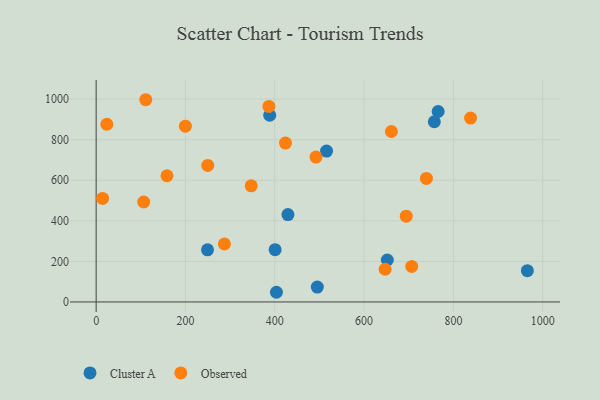
{"axis": {"x": "Ad Spend", "y": "Fuel Efficiency"}, "legend": ["Cluster A", "Observed"], "data": [{"x": "495.3", "y": 73.3, "type": "Cluster A"}, {"x": "652.0", "y": 206.7, "type": "Cluster A"}, {"x": "388.7", "y": 920.2, "type": "Cluster A"}, {"x": "403.7", "y": 47.7, "type": "Cluster A"}, {"x": "249.4", "y": 257.0, "type": "Cluster A"}, {"x": "516.0", "y": 743.9, "type": "Cluster A"}, {"x": "400.8", "y": 257.8, "type": "Cluster A"}, {"x": "757.3", "y": 888.2, "type": "Cluster A"}, {"x": "765.9", "y": 938.8, "type": "Cluster A"}, {"x": "965.7", "y": 154.1, "type": "Cluster A"}, {"x": "429.5", "y": 430.6, "type": "Cluster A"}, {"x": "106.5", "y": 492.7, "type": "Observed"}, {"x": "739.6", "y": 608.7, "type": "Observed"}, {"x": "424.0", "y": 783.0, "type": "Observed"}, {"x": "694.5", "y": 422.7, "type": "Observed"}, {"x": "24.0", "y": 876.0, "type": "Observed"}, {"x": "14.5", "y": 510.1, "type": "Observed"}, {"x": "158.6", "y": 622.0, "type": "Observed"}, {"x": "838.5", "y": 906.4, "type": "Observed"}, {"x": "386.9", "y": 963.8, "type": "Observed"}, {"x": "249.9", "y": 673.2, "type": "Observed"}, {"x": "199.8", "y": 866.5, "type": "Observed"}, {"x": "647.2", "y": 161.1, "type": "Observed"}, {"x": "492.3", "y": 714.2, "type": "Observed"}, {"x": "706.7", "y": 175.0, "type": "Observed"}, {"x": "347.3", "y": 572.4, "type": "Observed"}, {"x": "111.1", "y": 996.8, "type": "Observed"}, {"x": "287.2", "y": 286.2, "type": "Observed"}, {"x": "661.2", "y": 840.3, "type": "Observed"}]}